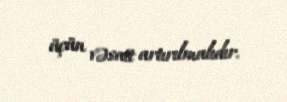
üçün vəsait artırılmalıdır.